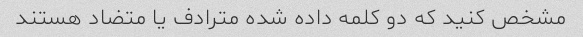
مشخص کنید که دو کلمه داده شده مترادف یا متضاد هستند